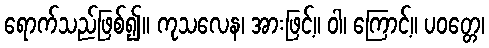
ရောက်သည်ဖြစ်၍။ ကုသလေန၊ အားဖြင့်။ ဝါ၊ ကြောင့်။ ပဝတ္တေ၊